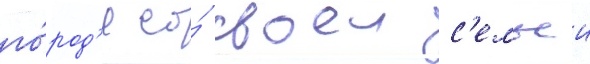
го́род'е со́ своеи с'емьеи